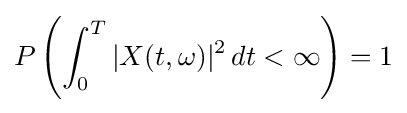
P\left(\int _{0}^{T}|X(t,\omega )|^{2}\,dt<\infty \right)=1